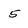
Character: 5